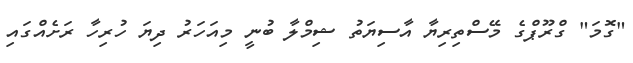
"ގޮމަ" ގްރޫޕްގެ މޭސްތިރިޔާ އާސިޔަތު ޝިމްލާ ބުނީ މިއަހަރު ދިޔަ ހުރިހާ ރަށެއްގައި